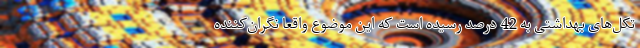
تکل‌های بهداشتی به 42 درصد رسیده است که این موضوع واقعا نگران‌کننده